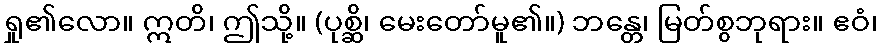
ရှု၏လော။ ဣတိ၊ ဤသို့။ (ပုစ္ဆိ၊ မေးတော်မူ၏။) ဘန္တေ၊ မြတ်စွဘုရား။ ဧဝံ၊